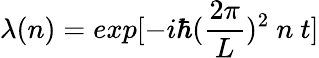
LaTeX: \lambda(n)=exp[-i\hbar({\frac{2\pi}{L}})^{2}~n~t]